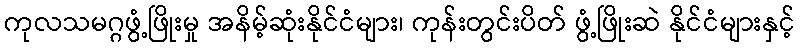
ကုလသမဂ္ဂဖွံ့ဖြိုးမှု အနိမ့်ဆုံးနိုင်ငံများ၊ ကုန်းတွင်းပိတ် ဖွံ့ဖြိုးဆဲ နိုင်ငံများနှင့်